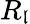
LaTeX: R_{\mathfrak{l}}